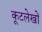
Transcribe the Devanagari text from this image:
कूटलेखों